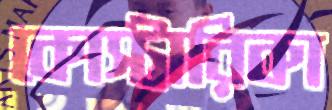
কোস্টারিকা